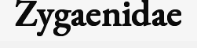
Zygaenidae